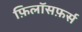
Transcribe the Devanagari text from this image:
फ़िलॉसफ़र्स